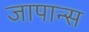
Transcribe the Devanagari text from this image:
जापान्स